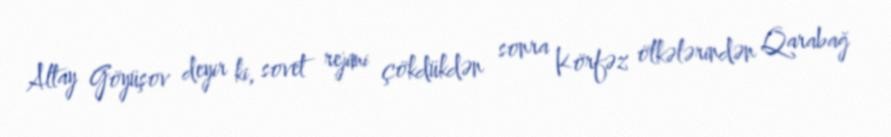
Altay Göyüşov deyir ki, sovet rejimi çökdükdən sonra Körfəz ölkələrindən Qarabağ